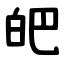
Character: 皅